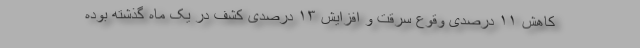
کاهش ۱۱ درصدی وقوع سرقت و افزایش ۱۳ درصدی کشف در یک ماه گذشته بوده